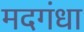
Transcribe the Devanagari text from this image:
मदगंधा